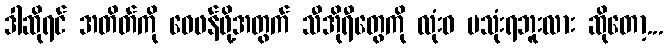
ဒါဆိုရင် အတိတ်ကို ဝေဖန်ဖို့အတွက် သီအိုရီတွေကို လုံးဝ မသုံးရဘူးလား ဆိုတော့...